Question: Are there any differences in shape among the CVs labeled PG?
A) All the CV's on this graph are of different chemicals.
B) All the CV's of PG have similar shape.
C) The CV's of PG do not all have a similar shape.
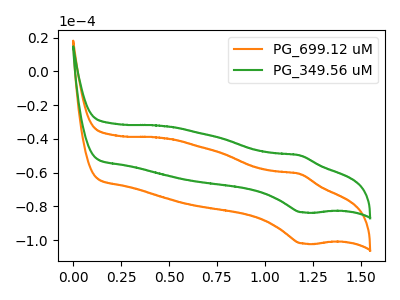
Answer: <think>The orange curve "PG_699.12 uM" has an anodic peak at (1.20V, -60.75uA) and a cathodic peak at (1.20V, -102.05uA). The green curve "PG_349.56 uM" has an anodic peak at (1.20V, -49.75uA) and a cathodic peak at (1.20V, -83.60uA).
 All the peaks in "PG_699.12 uM" have a peak in "PG_349.56 uM" at the same potential.</think>
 <answer>B) All the CV's of "PG" have similar shape.</answer>
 <eval>B</eval>